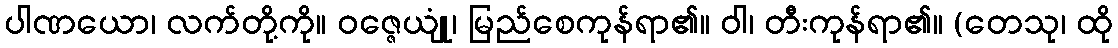
ပါဏယော၊ လက်တို့ကို။ ဝဇ္ဇေယျုံ၊ မြည်စေကုန်ရာ၏။ ဝါ၊ တီးကုန်ရာ၏။ (တေသု၊ ထို